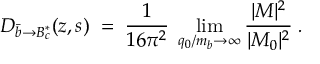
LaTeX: D _ { \bar { b } \to B _ { c } ^ { * } } ( z , s ) \; = \; { \frac { 1 } { 1 6 \pi ^ { 2 } } } \; \operatorname * { l i m } _ { q _ { 0 } / m _ { b } \rightarrow \infty } { \frac { | { \cal M } | ^ { 2 } } { | { \cal M } _ { 0 } | ^ { 2 } } } \; .